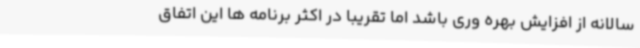
سالانه از افزایش بهره وری باشد اما تقریباً در اکثر برنامه ها این اتفاق